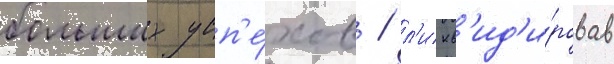
больших усп'е́хов / л'икв'ид'и́ровав